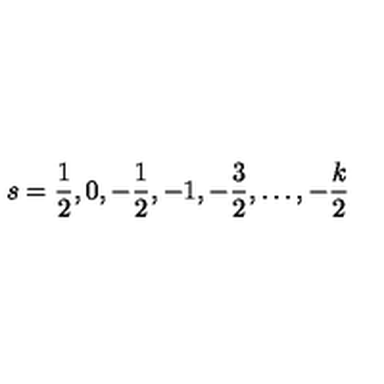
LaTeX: s = \frac { 1 } { 2 } , 0 , - \frac { 1 } { 2 } , - 1 , - \frac { 3 } { 2 } , \ldots , - \frac { k } { 2 }